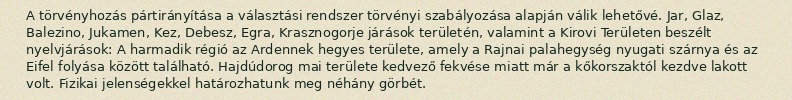
A törvényhozás pártirányítása a választási rendszer törvényi szabályozása alapján válik lehetővé. Jar, Glaz, Balezino, Jukamen, Kez, Debesz, Egra, Krasznogorje járások területén, valamint a Kirovi Területen beszélt nyelvjárások: A harmadik régió az Ardennek hegyes területe, amely a Rajnai palahegység nyugati szárnya és az Eifel folyása között található. Hajdúdorog mai területe kedvező fekvése miatt már a kőkorszaktól kezdve lakott volt. Fizikai jelenségekkel határozhatunk meg néhány görbét.